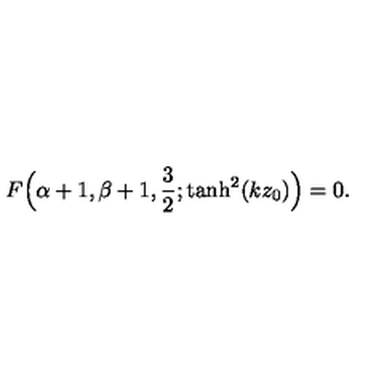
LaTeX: F \Bigl ( \alpha + 1 , \beta + 1 , \frac { 3 } { 2 } ; \tanh ^ { 2 } ( k z _ { 0 } ) \Bigr ) = 0 .